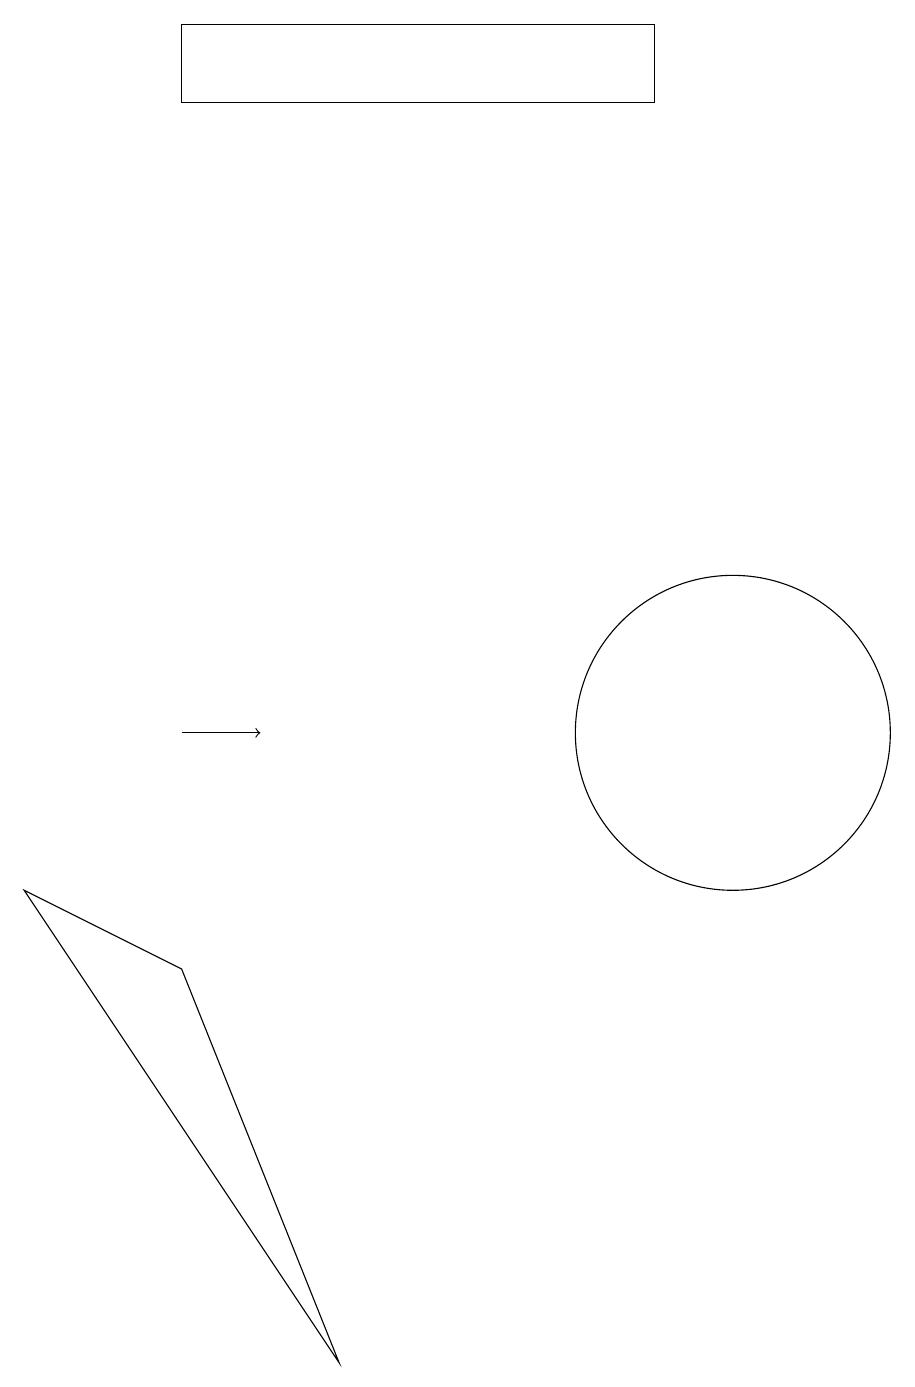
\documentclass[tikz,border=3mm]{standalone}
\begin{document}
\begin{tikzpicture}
\draw (9,19) rectangle (3,18);
\draw[->] (3,10) -- (4,10);
\draw (1,8) -- (3,7) -- (5,2) -- cycle;
\draw (10,10) circle (2);
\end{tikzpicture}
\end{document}